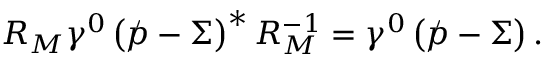
{ \cal R } _ { \cal M } \gamma ^ { 0 } \left( \rlap \slash p - \Sigma \right) ^ { * } { \cal R } _ { \cal M } ^ { - 1 } = \gamma ^ { 0 } \left( \rlap \slash p - \Sigma \right) .